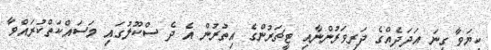
ކިޔަވާ ގިނަ އަދަދެއްގެ ދަރިވަރުންނާއި ޓީޗަރުންގެ އިތުރުން އެ ދެ ސްކޫލުގައި މަސައްކަތްކުރައްވާ